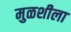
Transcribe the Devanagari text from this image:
मुळशीला